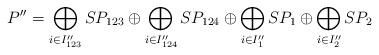
LaTeX: \begin{align*}P''&=\bigoplus_{i\in I_{123}''}SP_{123}\oplus\bigoplus_{i\in I_{124}''}SP_{124}\oplus\bigoplus_{i\in I_{1}''}SP_{1}\oplus\bigoplus_{i\in I_{2}''}SP_{2}\end{align*}